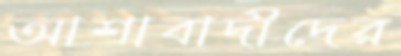
আশাবাদীদের